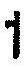
1